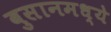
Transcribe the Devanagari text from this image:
बुसानमध्ये